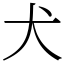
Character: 犬